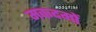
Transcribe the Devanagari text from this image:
मकदमों